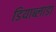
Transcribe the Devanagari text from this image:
डियाब्लाडा